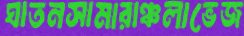
ঘাতনসামারাঞ্চলাভেজ